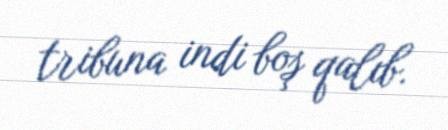
tribuna indi boş qalıb.